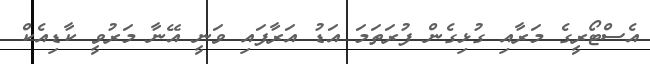
އެސްޓޯރީގެ މަރާއި ގުޅިގެން ފުރަތަމަ އަޑު އަރާފައި ވަނީ އޭނާ މަރުވީ ކާޑިއެކް